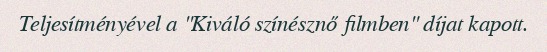
Teljesítményével a "Kiváló színésznő filmben" díjat kapott.